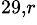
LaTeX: ^{29,r}